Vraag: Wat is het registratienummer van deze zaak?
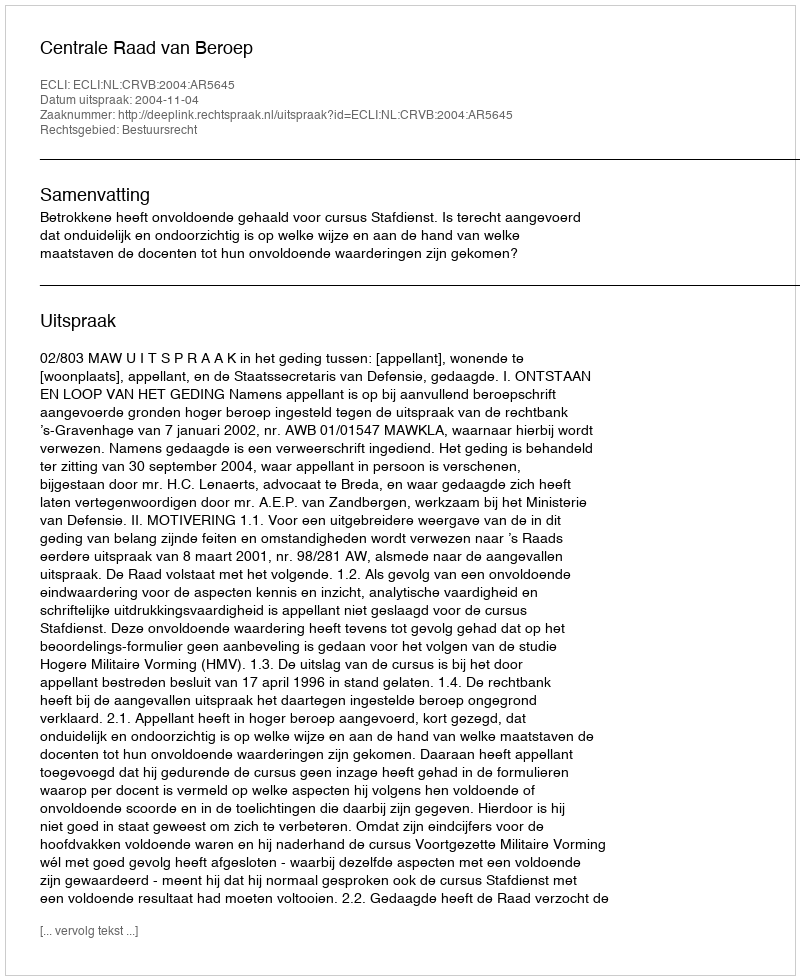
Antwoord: http://deeplink.rechtspraak.nl/uitspraak?id=ECLI:NL:CRVB:2004:AR5645